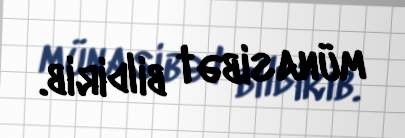
münasibət bildirib.